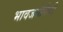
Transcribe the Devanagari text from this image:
भावजयींपैकी